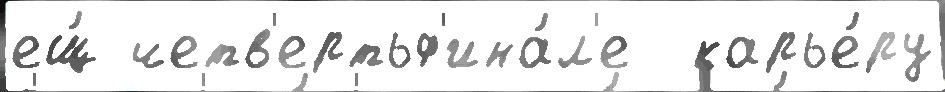
ещ́ четв'ертьф'ина́л'е  карье́ру